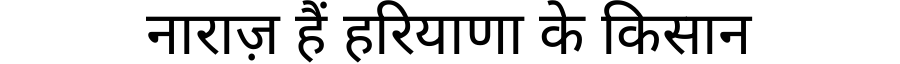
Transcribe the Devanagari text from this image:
नाराज़ हैं हरियाणा के किसान